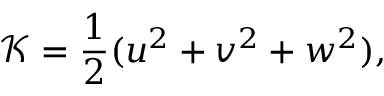
\mathcal { K } = \frac { 1 } { 2 } ( u ^ { 2 } + v ^ { 2 } + w ^ { 2 } ) ,